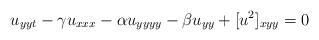
LaTeX: \begin{align*}u_{yyt} - \gamma u_{xxx} - \alpha u_{yyyy} -\beta u_{yy} + [u^2]_{xyy} = 0 \end{align*}